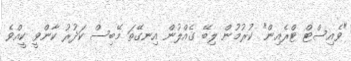
"ވެއިސްޓް ޓްރެއިން" ކުރުމުން ލިބޭ ގެއްލުން އިނގޭތަ މޭބިސް ކަދުރު ކާންވީ ކީއްވެ